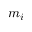
m _ { i }